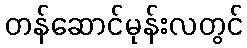
တန်ဆောင်မုန်းလတွင်